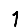
Digit: 1